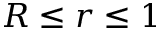
R \leq r \leq 1